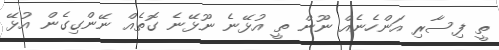
ތީ ފިސާރި އަންހެނެއް ނޫން ތީ އުޅޭނެ ނޫޅޭނެ ގޮތެއް ނޭންގިގެން އުޅޭ